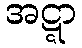
အဋ္ဋာ